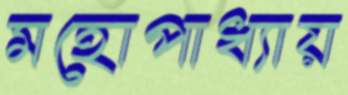
মহোপাধ্যায়